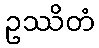
ဥဿိတံ